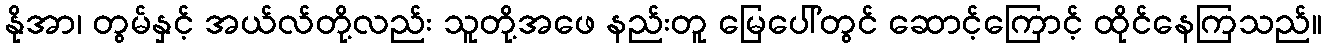
နိုအာ၊ တွမ်နှင့် အယ်လ်တို့လည်း သူတို့အဖေ နည်းတူ မြေပေါ်တွင် ဆောင့်ကြောင့် ထိုင်နေကြသည်။